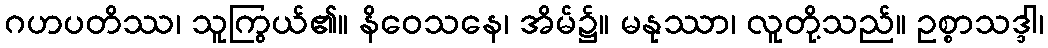
ဂဟပတိဿ၊ သူကြွယ်၏။ နိဝေသနေ၊ အိမ်၌။ မနုဿာ၊ လူတို့သည်။ ဥစ္စာသဒ္ဒါ၊